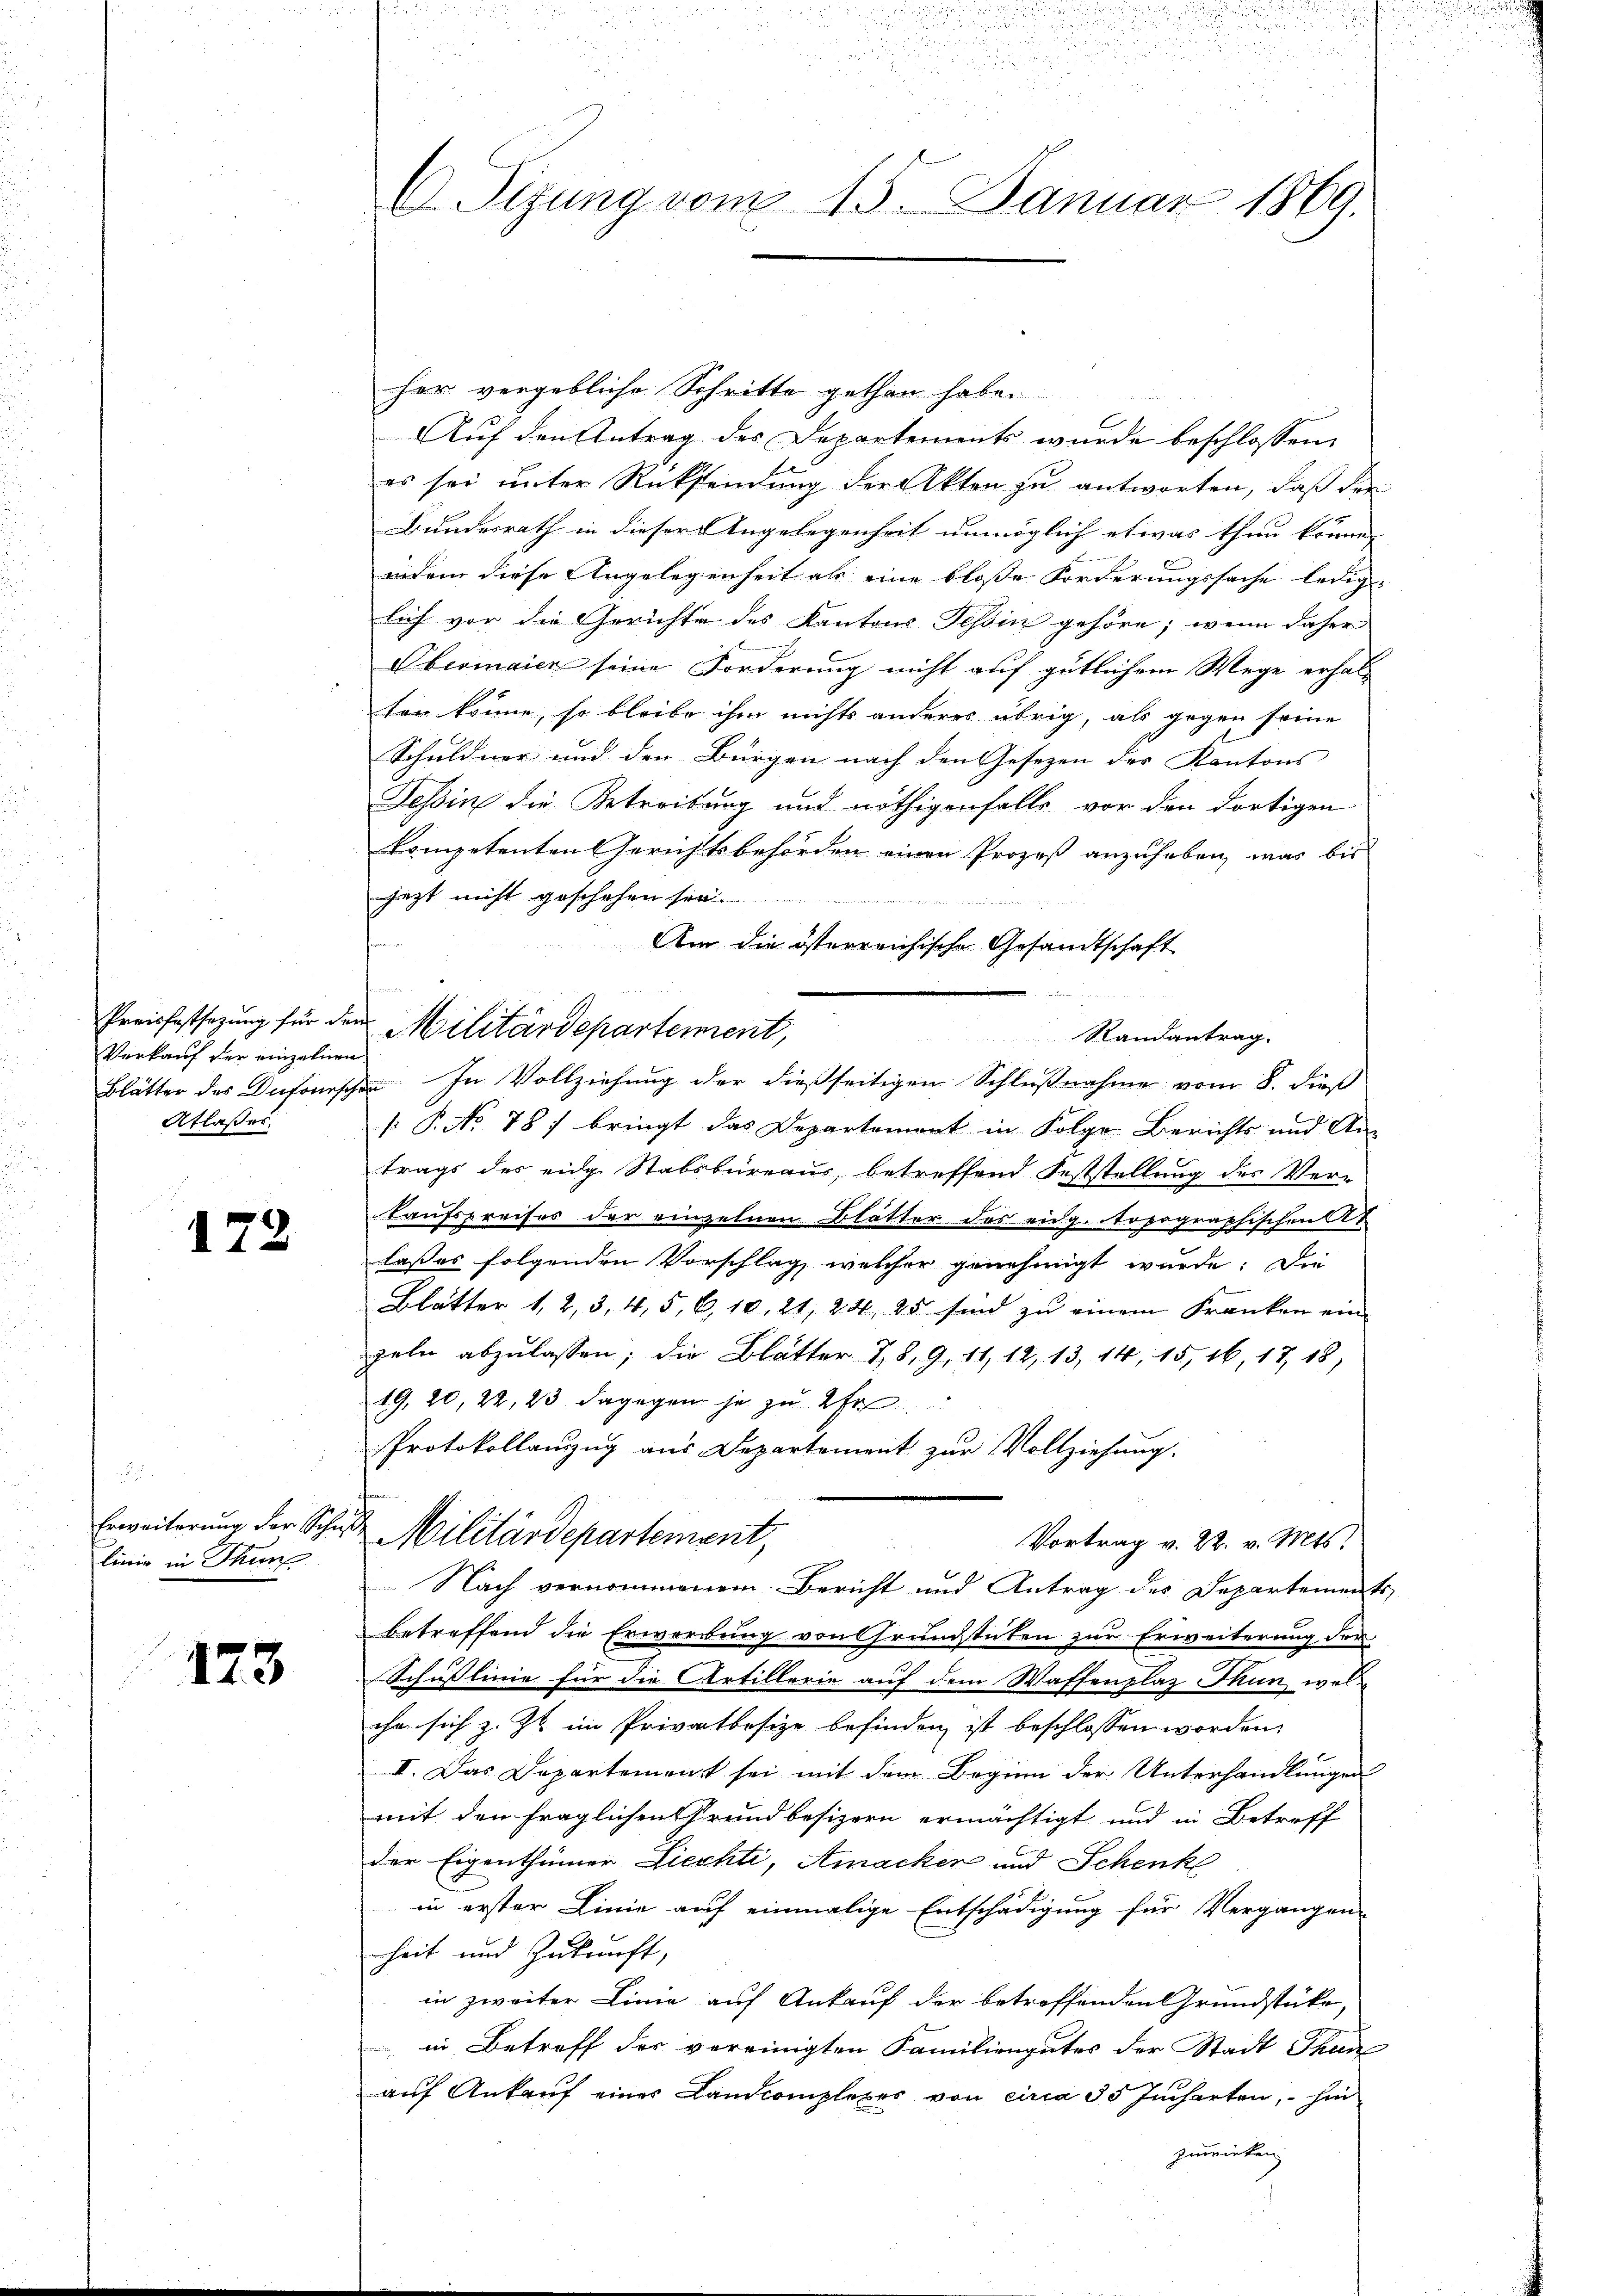
Preisfestsezung für den
Verkauf der einzelnen
Atlasses.

.
173

.
linie in Thun

123

her vergebliche Schritte gethan habe.
Auf den Antrag des Departements wurde beschlossen,
es sei unter Rücksendung der Akten zu antworten, daß die
Bundesrath in dieser Angelegenheit unmöglich etwas thun können
indem diese Angelegenheit als eine bloße Forderungssache ledig-
lich vor die Gerichte des Kantons Tessin gehöre; wenn daher
Obermaier seine Forderung nicht auf gütlichem Wege erhal-
ten könne, so bleibe ihm nichts anderes übrig, als gegen seine
Schuldner und den Bürgen nach den Gesezen der Kantons |
Tessin die Betreitung und nöthigenfalls vor den dortigen
kompetenten Gerichtsbehörden einen Prozeß anzuheben, was bis
jezt nicht geschehen sin
Am die österreichische Gesandtschaft
Militärdepartement,
Randantrag.
Blätter der Dufourschen. In Vollziehung der dießseitigen Schlußnahme vom 8. dieß
[: P. No 787 bringt das Departement in Folge Berichts und An-
trags des eige Stabsbureau, betreffend Feststellung der Ver¬
Taufspreises der einzelnen Blätter des eidg. Topographischen A
lasses folgenden Vorschlag, welcher genehmigt wurde. Die
Blätter 1, 2, 3, 4, 5, 6, 10. 21, 24, 25 sind zu einem Franken ein-
peln abzulassen; die Blätter 78, 9. 11, 12, 13, 14, 15, 16, 17, 18,
19, 20, 22, 23 dagegen je zu 2 Fr
Protokollanzug aus Departement zur Vollziehung.
Erweiterung der Schule Militärdepartement,
Vortrag v. 22. v. Mts.
5
 Nach vernommenem Bericht und Antrag des Departements
betreffend die Erwerbung von Grundstuten zur Erweiterung der
Schusslinie für die Artillerie auf dem Waffenplaz Thun, welche sich z. Zt. im Privatbesize befinden ist beschlossen worden.
II. Das Departement sei mit dem Beginn der Unterhandlungen
mit den fraglichen Grundbesizern ermächtigt und in Betreff
der Eigenthümer Liechti, Amacker und Schenk
in erster Linie auf einmalige Entschädigung für Vergangen-
heit und Zukunft,
in zweiter Linie auf Ankauf der betreffenden Grundstücke,
in Betreff der vereinigten Familiengutes der Stadt Thunl
auf Ankauf eines Landcomplexes von circa 35 Jucharten, – hin
zuwirken

di
C. Sizung vom 15. Januar 1869.